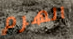
الهرم